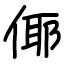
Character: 倻